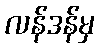
လန်ဒန်မှ